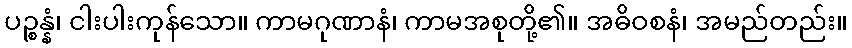
ပဉ္စန္နံ၊ ငါးပါးကုန်သော။ ကာမဂုဏာနံ၊ ကာမအစုတို့၏။ အဓိဝစနံ၊ အမည်တည်း။